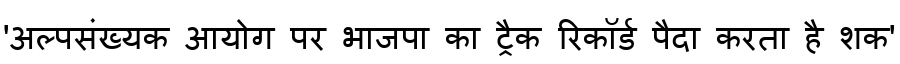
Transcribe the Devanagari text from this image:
'अल्पसंख्यक आयोग पर भाजपा का ट्रैक रिकॉर्ड पैदा करता है शक'